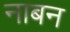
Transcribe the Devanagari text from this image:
नाबन